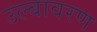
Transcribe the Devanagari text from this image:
उल्बावरण